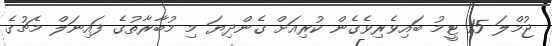
ޖުމްލަ 15 ޓީމު ބައިވެރިވެގެން ކުރިއަށް ގެންދިޔަ މި މުބާރާތުގެ ފައިނަލް މެޗުގެ